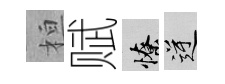
桓赋憭逆